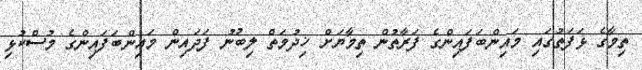
ތިމާގެ ޅަފަތުގައި މައިންބަފައިންގެ ފަރާތުން ތިމާޔަށް ޚިދުމަތް ލިބުނު ފަދައިން މައިންބަފައިންގެ މުސްކުޅި